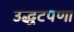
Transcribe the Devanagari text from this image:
उद्धटपणा